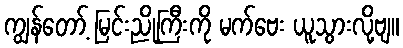
ကျွန်တော့် မြင်းညိုကြီးကို မက်ဗေး ယူသွားလို့ဗျ။